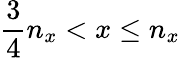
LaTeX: \frac{3}{4}n_{x}<x\leq n_{x}